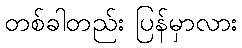
တစ်ခါတည်း ပြန်မှာလား